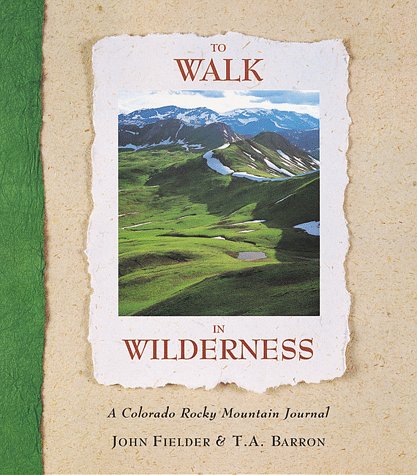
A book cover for To Walk in Wilderness; John Fielder; Travel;